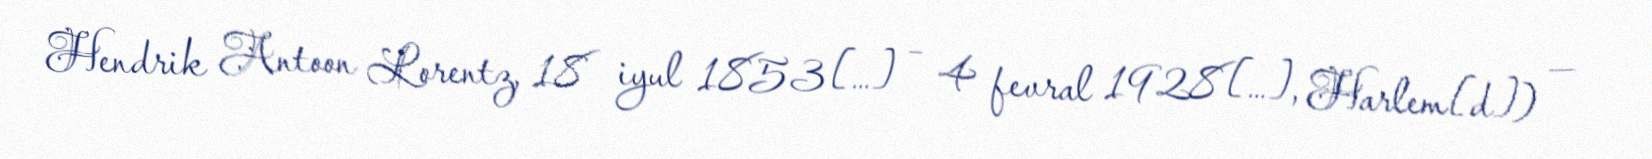
Hendrik Antoon Lorentz, 18 iyul 1853[…] – 4 fevral 1928[…], Harlem[d]) —